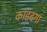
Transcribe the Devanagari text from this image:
काडदगा